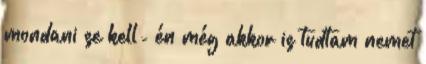
mondani se kell- én még akkor is tudtam nemet